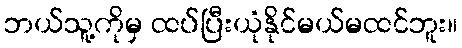
ဘယ်သူ့ကိုမှ ထပ်ပြီးယုံနိုင်မယ်မထင်ဘူး။